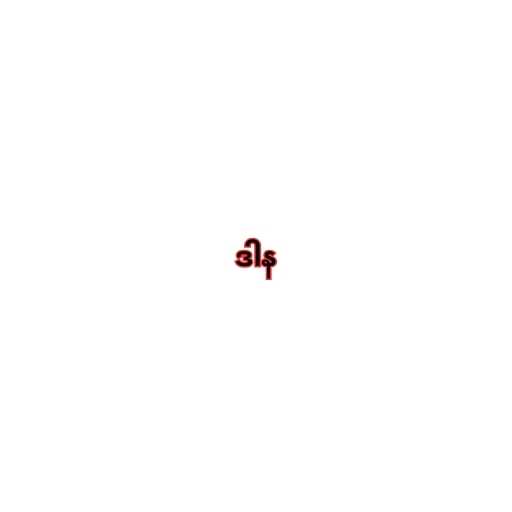
ဒါန